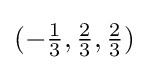
{\textstyle (-{\frac {1}{3}},{\frac {2}{3}},{\frac {2}{3}})}